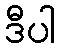
ဒီပါ